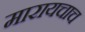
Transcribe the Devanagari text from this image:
मारायचाच